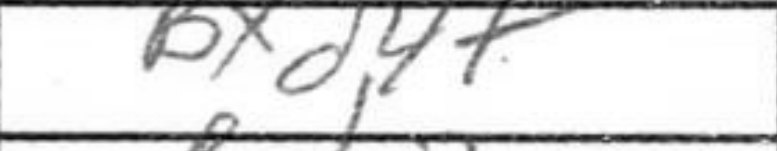
Transcription: Bxd4+